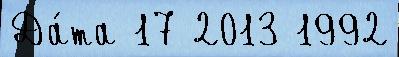
Да́та 17 2013 1992